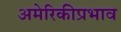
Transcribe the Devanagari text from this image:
अमेरिकीप्रभाव